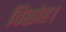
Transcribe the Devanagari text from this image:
विछोह।